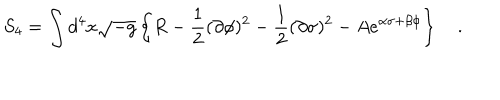
S _ { 4 } = \int d ^ { 4 } x \sqrt { - g } \left\{ R - \frac { 1 } { 2 } ( \partial \phi ) ^ { 2 } - \frac { 1 } { 2 } ( \partial \sigma ) ^ { 2 } - A e ^ { \alpha \sigma + \beta \phi } \right\} \quad .